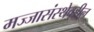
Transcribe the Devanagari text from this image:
मज्जासंस्थेवरील